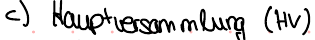
c) Hauptversammlung (HV)